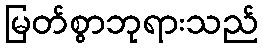
မြတ်စွာဘုရားသည်